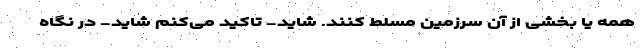
همه یا بخشی از آن سرزمین مسلط کنند. شاید- تاکید می‌کنم شاید- در نگاه